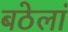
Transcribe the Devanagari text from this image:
बठेलां